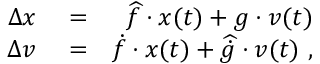
\begin{array} { r l r } { \Delta \v { x } } & { { } = } & { \widehat { f } \cdot \v { x } ( t ) + g \cdot \v { v } ( t ) } \\ { \Delta \v { v } } & { { } = } & { \dot { f } \cdot \v { x } ( t ) + \widehat { \dot { g } } \cdot \v { v } ( t ) \ , } \end{array}